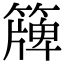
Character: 簰